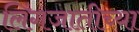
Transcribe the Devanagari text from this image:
लिंगजातीच्या